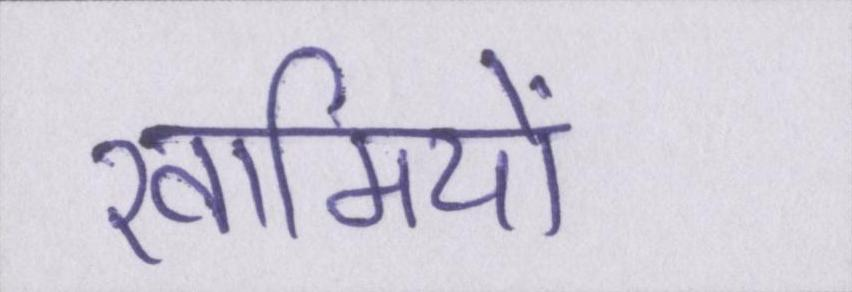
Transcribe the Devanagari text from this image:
खामियों